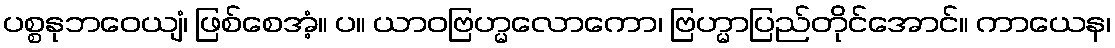
ပစ္စနုဘဝေယျံ၊ ဖြစ်စေအံ့။ ပ။ ယာဝဗြဟ္မလောကော၊ ဗြဟ္မာပြည်တိုင်အောင်။ ကာယေန၊